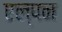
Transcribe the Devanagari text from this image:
एल्पन